Report on vaccination in Madras 1877-1894 - 1877-1894
Year: 1877
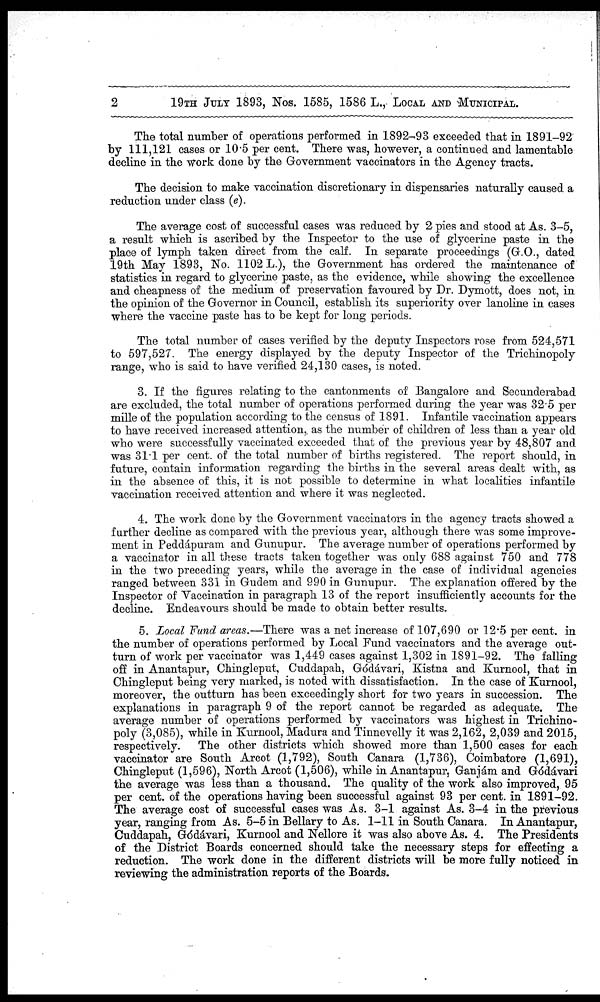
2
19TH JULY 1893, Nos. 1585, 1586 L., LOCAL AND MUNICIPAL.
The total number of operations performed in 1892-93 exceeded that in 1891-92
by 111,121 cases or 10.5 per cent. There was, however, a continued and lamentable
decline in the work done by the Government vaccinators in the Agency tracts.
The decision to make vaccination discretionary in dispensaries naturally caused a
reduction under class (e).
The average cost of successful cases was reduced by 2 pies and stood at As. 3-5,
a result which is ascribed by the Inspector to the use of glycerine paste in the
place of lymph taken direct from the calf. In separate proceedings (G.O., dated
19th May 1893, No. 1102 L.), the Government has ordered the maintenance of
statistics in regard to glycerine paste, as the evidence, while showing the excellence
and cheapness of the medium of preservation favoured by Dr. Dymott, does not, in
the opinion of the Governor in Council, establish its superiority over lanoline in cases
where the vaccine paste has to be kept for long periods.
The total number of cases verified by the deputy Inspectors rose from 524,571
to 597,527. The energy displayed by the deputy Inspector of the Trichinopoly
range, who is said to have verified 24,130 cases, is noted.
3. If the figures relating to the cantonments of Bangalore and Secunderabad
are excluded, the total number of operations performed during the year was 32.5 per
mille of the population according to the census of 1891. Infantile vaccination appears
to have received increased attention, as the number of children of less than a year old
who were successfully vaccinated exceeded that of the previous year by 48,807 and
was 31.1 per cent. of the total number of births registered. The report should, in
future, contain information regarding the births in the several areas dealt with, as
in the absence of this, it is not possible to determine in what localities infantile
vaccination received attention and where it was neglected.
4. The work done by the Government vaccinators in the agency tracts showed a
further decline as compared with the previous year, although there was some improve-
ment in Peddápuram and Gunupur. The average number of operations performed by
a vaccinator in all these tracts taken together was only 688 against 750 and 778
in the two preceding years, while the average in the case of individual agencies
ranged between 331 in Gudem and 990 in Gunupur. The explanation offered by the
Inspector of Vaccination in paragraph 13 of the report insufficiently accounts for the
decline. Endeavours should be made to obtain better results.
5. Local Fund areas.—There was a net increase of 107,690 or 12.5 per cent. in
the number of operations performed by Local Fund vaccinators and the average out-
turn of work per vaccinator was 1,449 cases against 1,302 in 1891-92. The falling
off in Anantapur, Chingleput, Cuddapah, Gódávari, Kistna and Kurnool, that in
Chingleput being very marked, is noted with dissatisfaction. In the case of Kurnool,
moreover, the outturn has been exceedingly short for two years in succession. The
explanations in paragraph 9 of the report cannot be regarded as adequate. The
average number of operations performed by vaccinators was highest in Trichino-
poly (3,085), while in Kurnool, Madura and Tinnevelly it was 2,162, 2,039 and 2015,
respectively. The other districts which showed more than 1,500 cases for each
vaccinator are South Arcot (1,792), South Canara (1,736), Coimbatore (1,691),
Chingleput (1,596), North Arcot (1,506), while in Anantapur, Ganjám and Gódávari
the average was less than a thousand. The quality of the work also improved, 95
per cent. of the operations having been successful against 93 per cent. in 1891-92.
The average cost of successful cases was As. 3-1 against As. 3-4 in the previous
year, ranging from As. 5-5 in Bellary to As. 1-11 in South Canara. In Anantapur,
Cuddapah, Gódávari, Kurnool and Nellore it was also above As. 4. The Presidents
of the District Boards concerned should take the necessary steps for effecting a
reduction. The work done in the different districts will be more fully noticed in
reviewing the administration reports of the Boards.